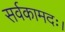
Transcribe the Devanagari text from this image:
सर्वकामदः।